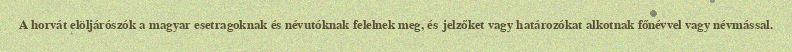
A horvát elöljárószók a magyar esetragoknak és névutóknak felelnek meg, és jelzőket vagy határozókat alkotnak főnévvel vagy névmással.